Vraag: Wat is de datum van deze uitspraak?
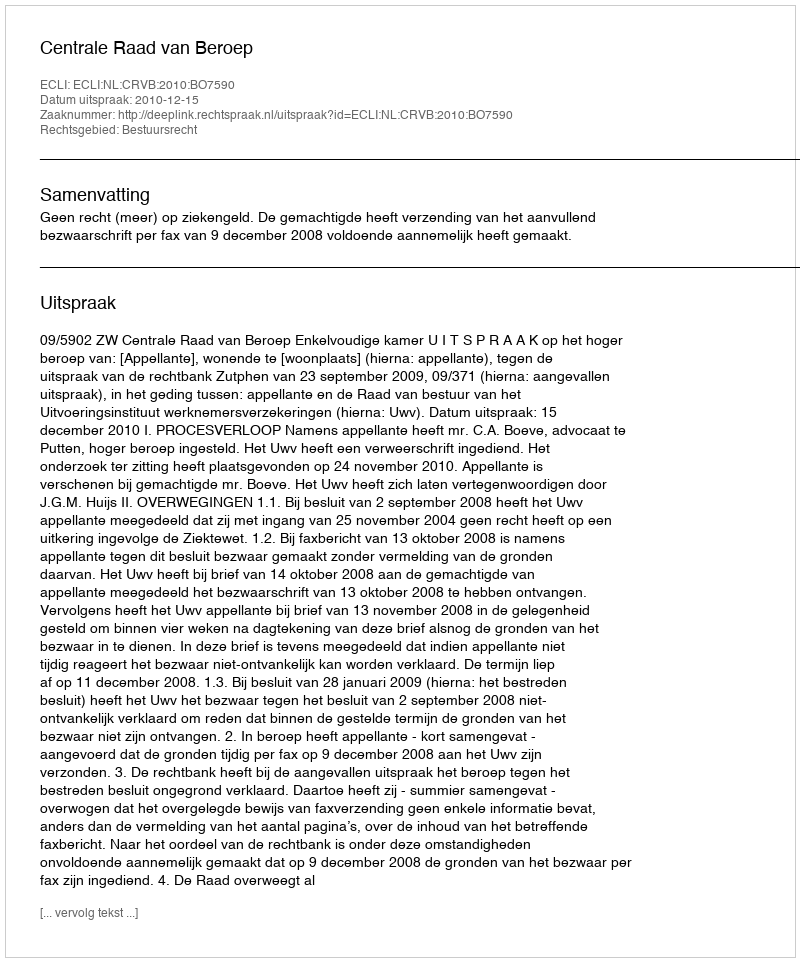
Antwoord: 2010-12-15